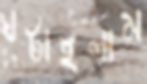
ঘটাইলাম